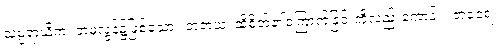
သမ္ပရာယိကံ၊ တမလွန်၌ဖြစ်သော။ တံဘယံ၊ ထိုစိတ်၏ကြောက်ခြင်းကိုလည်းကောင်း။ တံဝေရံ၊